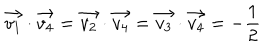
LaTeX: \vec { v _ { 1 } } \cdot \vec { v _ { 4 } } = \vec { v _ { 2 } } \cdot \vec { v _ { 4 } } = \vec { v _ { 3 } } \cdot \vec { v _ { 4 } } = - \frac { 1 } { 2 }